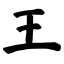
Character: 王